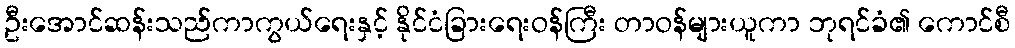
ဦးအောင်ဆန်းသည်ကာကွယ်ရေးနှင့် နိုင်ငံခြားရေးဝန်ကြီး တာဝန်များယူကာ ဘုရင်ခံ၏ ကောင်စီ